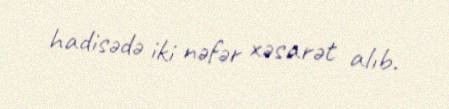
hadisədə iki nəfər xəsarət alıb.